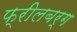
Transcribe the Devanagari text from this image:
फ्रीलबर्ग